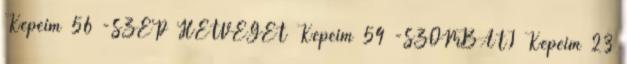
Képeim 56 -SZÉP HÉTVÉGÉT Képeim 54 -SZOMBATI Képeim 23